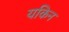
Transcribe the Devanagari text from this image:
यकिन